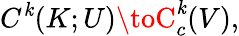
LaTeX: C^{\mathit{k}}(K;U)\toC_{c}^{\mathit{k}}(V),